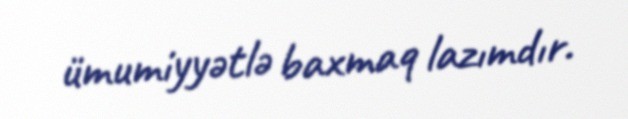
ümumiyyətlə baxmaq lazımdır.